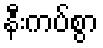
နီးကပ်စွာ